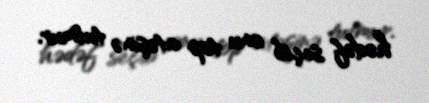
hədəf seçib onu top atəşinə tutmur.